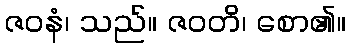
ဇဝနံ၊ သည်။ ဇဝတိ၊ စော၏။